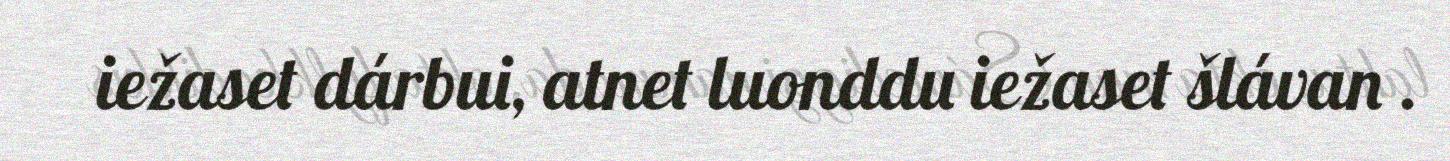
iežaset dárbui, atnet luonddu iežaset šlávan .